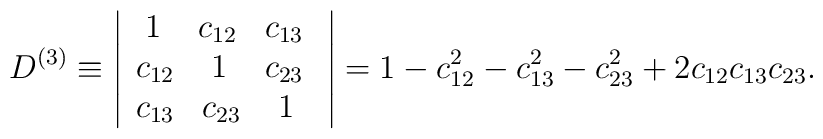
D^{(3)} \equiv\left|\begin{array}{c} { \; 1\;\;  \;\; c_{12}\; \;\; c_{13}\;  } \\{ c_{12}\;  \;\; \; 1\;\; \;\; c_{23}\;  } \\{ c_{13}\;  \;\; c_{23}\; \;\; \; 1\;\;  } \\\end{array}\right|=1-c_{12}^2-c_{13}^2-c_{23}^2+2c_{12} c_{13} c_{23} .